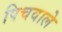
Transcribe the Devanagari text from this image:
पिचवाले